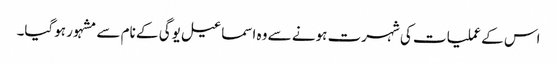
اس کے عملیات کی شہرت ہونے سے وہ اسماعیل یوگی کے نام سے مشہور ہوگیا۔